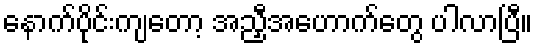
နောက်ပိုင်းကျတော့ အညှီအဟောက်တွေ ပါလာပြီ။